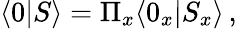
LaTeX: \langle 0|S\rangle=\Pi_{x}\langle 0_{x}|S_{x}\rangle\, ,